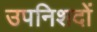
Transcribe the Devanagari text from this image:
उपनिशदों